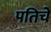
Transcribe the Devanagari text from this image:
पतिचे